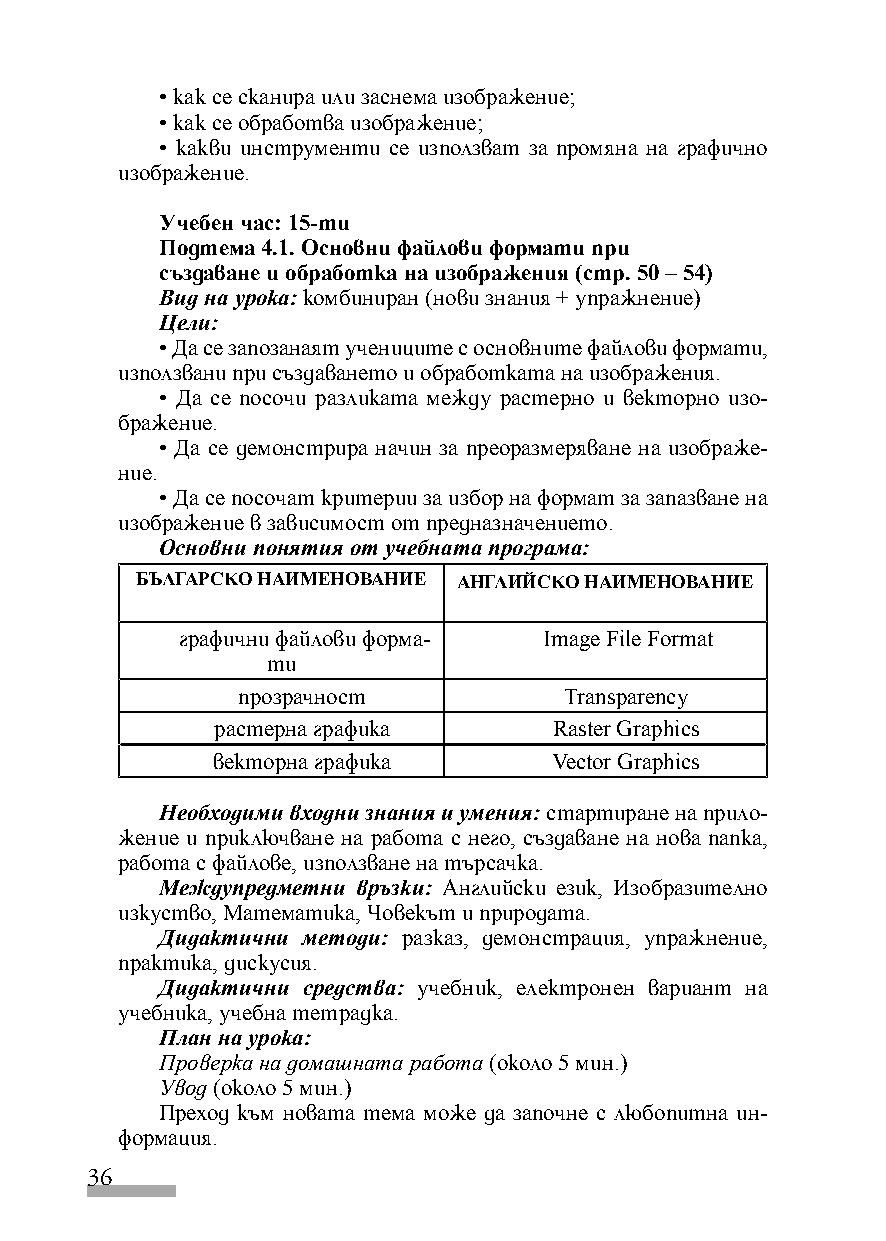
• как се сканира или заснема изображение;
 • как се обработва изображение;
 • какви инструменти се използват за промяна на графично
 изображение.
 Учебен час: 15-ти
 Подтема 4.1. Основни файлови формати при
 създаване и обработка на изображения (стр. 50 – 54)
 Вид на урока: комбиниран (нови знания + упражнение)
 Цели:
 • Да се запозанаят учениците с основните файлови формати,
 използвани при създаването и обработката на изображения.
 • Да се посочи разликата между растерно и векторно изо-
 бражение.
 • Да се демонстрира начин за преоразмеряване на изображе-
 ние.
 • Да се посочат критерии за избор на формат за запазване на
 изображение в зависимост от предназначението.
 Основни понятия от учебната програма:
 БЪЛГАРСКО НАИМЕНОВАНИЕ АНГЛИЙСКО НАИМЕНОВАНИЕ
 графични файлови форма- Image File Format
 ти
 прозрачност          Transparency
 растерна графика       Raster Graphics
 векторна графика       Vector Graphics
 Необходими входни знания и умения: стартиране на прило-
 жение и приключване на работа с него, създаване на нова папка,
 работа с файлове, използване на търсачка.
 Междупредметни връзки: Английски език, Изобразително
 изкуство, Математика, Човекът и природата.
 Дидактични методи: разказ, демонстрация, упражнение,
 практика, дискусия.
 Дидактични средства: учебник, електронен вариант на
 учебника, учебна тетрадка.
 План на урока:
 Проверка на домашната работа (около 5 мин.)
 Увод (около 5 мин.)
 Преход към новата тема може да започне с любопитна ин-
 формация.
 36